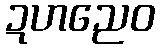
ဍဟညေဝ